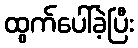
ထွက်ပေါ်ခဲ့ပြီး